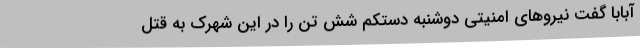
آبابا گفت نیروهای امنیتی دوشنبه دستکم شش تن را در این شهرک به قتل